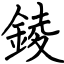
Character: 錂